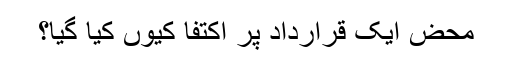
محض ایک قرارداد پر اکتفا کیوں کیا گیا؟